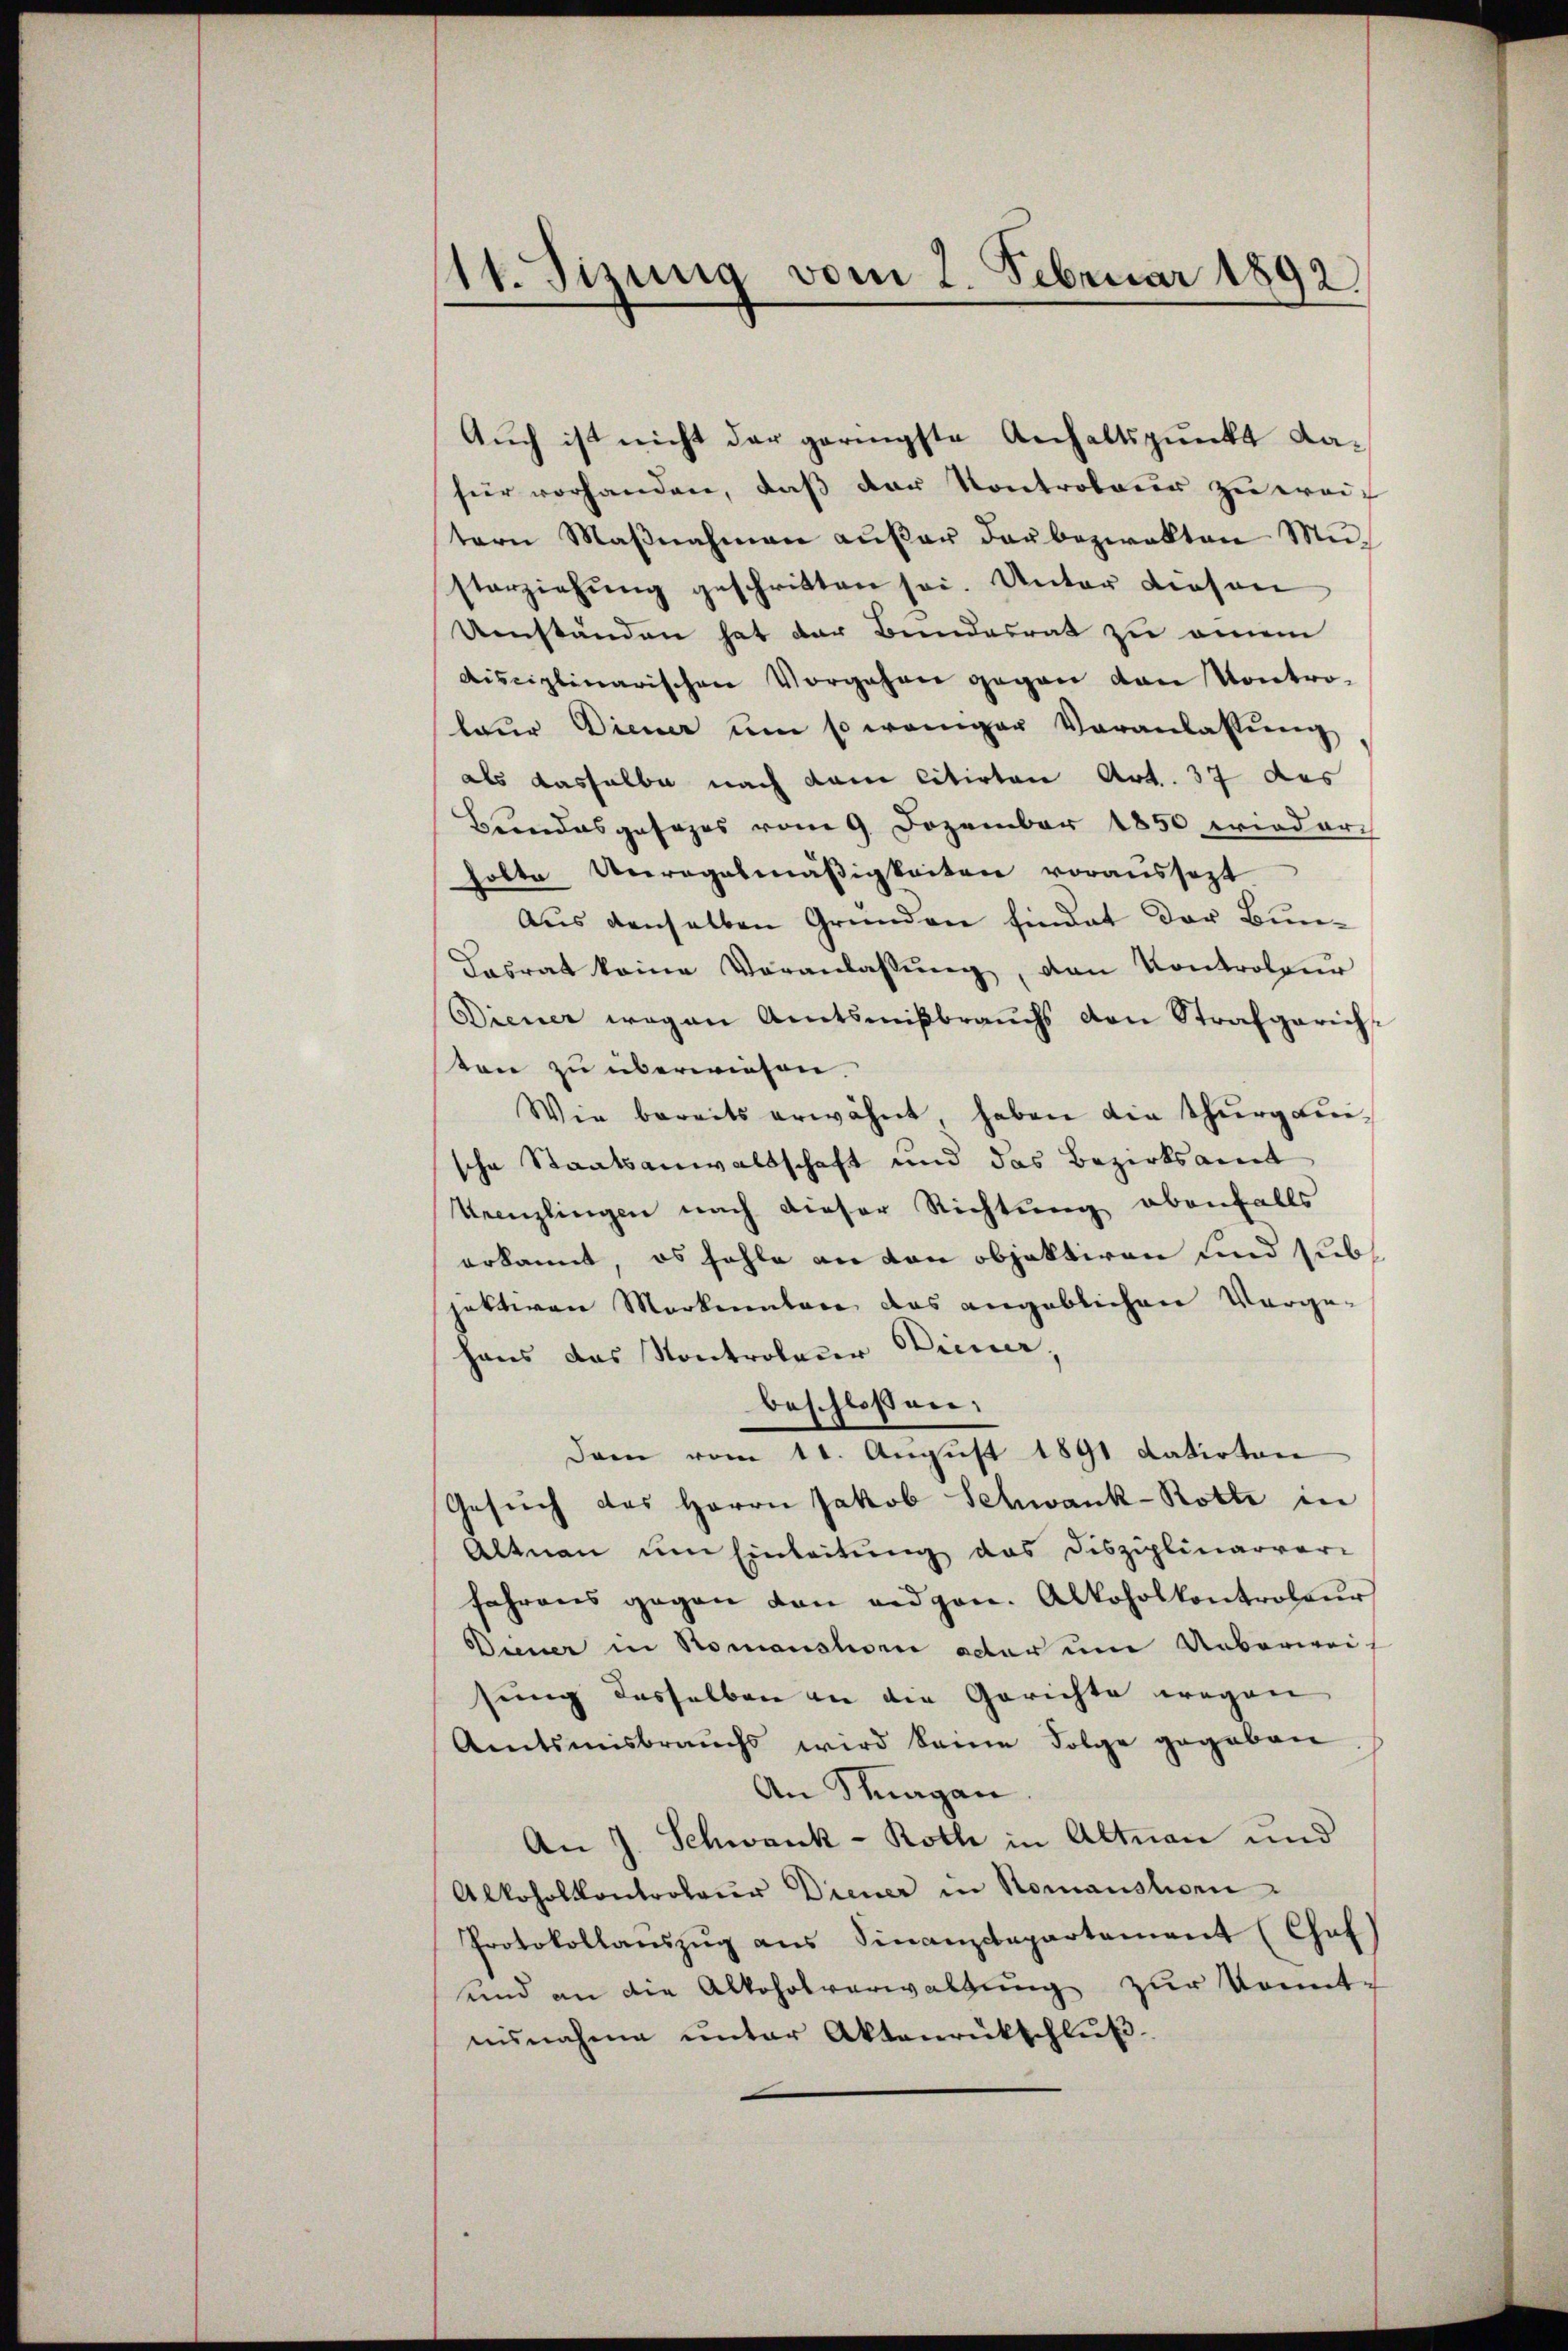
14. Tizung vom 2. Februar 1892

Auch ist nicht der geringste Anhaltspunkt dafür vorhanden, daß der Kontroleur zu weitern Maβnahmen aŭβer darbeziekten Musterziehŭng geschritten sei. Unter diesen
Umständen hat der Bundesrat zu einem
disciplinarischen Vorgehen gegen von Kontro-
leur Diener um so weniger Veranlassŭng
als dasselbe nach dem citirten Art. 37 des
Bundesgesezes vom 9. Dezember 1850 wieder
holte Unregelmäßigkeiten voraussezt
Aus denselben Grunden findet der Bun¬
Casrat keine Veranlassŭng, den Kontroleur
Diener wegen Amtsmißbrauchs von Strafgerichten zu überwiesen.
Wie bereits erwähnt, haben die Thurgausche Staatsanwaltschaft und das Bezirksamt
Krenzlingen nach dieser Richtung ebenfalls
erkannt, es fehle an von objektiren und subs
jektiven Merkmalen das angeblichen Vorge-
haus das Kontroleur Gener,
beschloßen:
Dann vom 11. August 1891 datirten
Gesŭch des Herrn Jakob Schwank-Rotte in
Altnau um Einleitung das Disziplinarvari
fahrens gegen den eidgen. Alkoholkontroleur
Diner in Romanstorie acter eine Ueberweis
sung desselben an die Gerichte wegen
Amtsmisbrauchs wird keine Folge gegeben
An Slagan
An J. Schwank- Roth in Altnon und
Alkoholkontroleur Diener in Romanshorn
Protokollanszŭg ans Finanzdepartament (Chaf
und an die Alkoholverwaltŭng zur konnt-
nisnahme ŭnter Aktenrückschlŭβ-